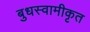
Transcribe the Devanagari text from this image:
बुधस्वामीकृत